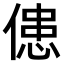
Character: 𠌼